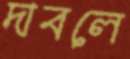
দাবলে